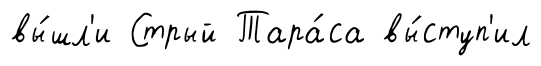
вы́шл'и Стрый Тара́са вы́ступ'ил